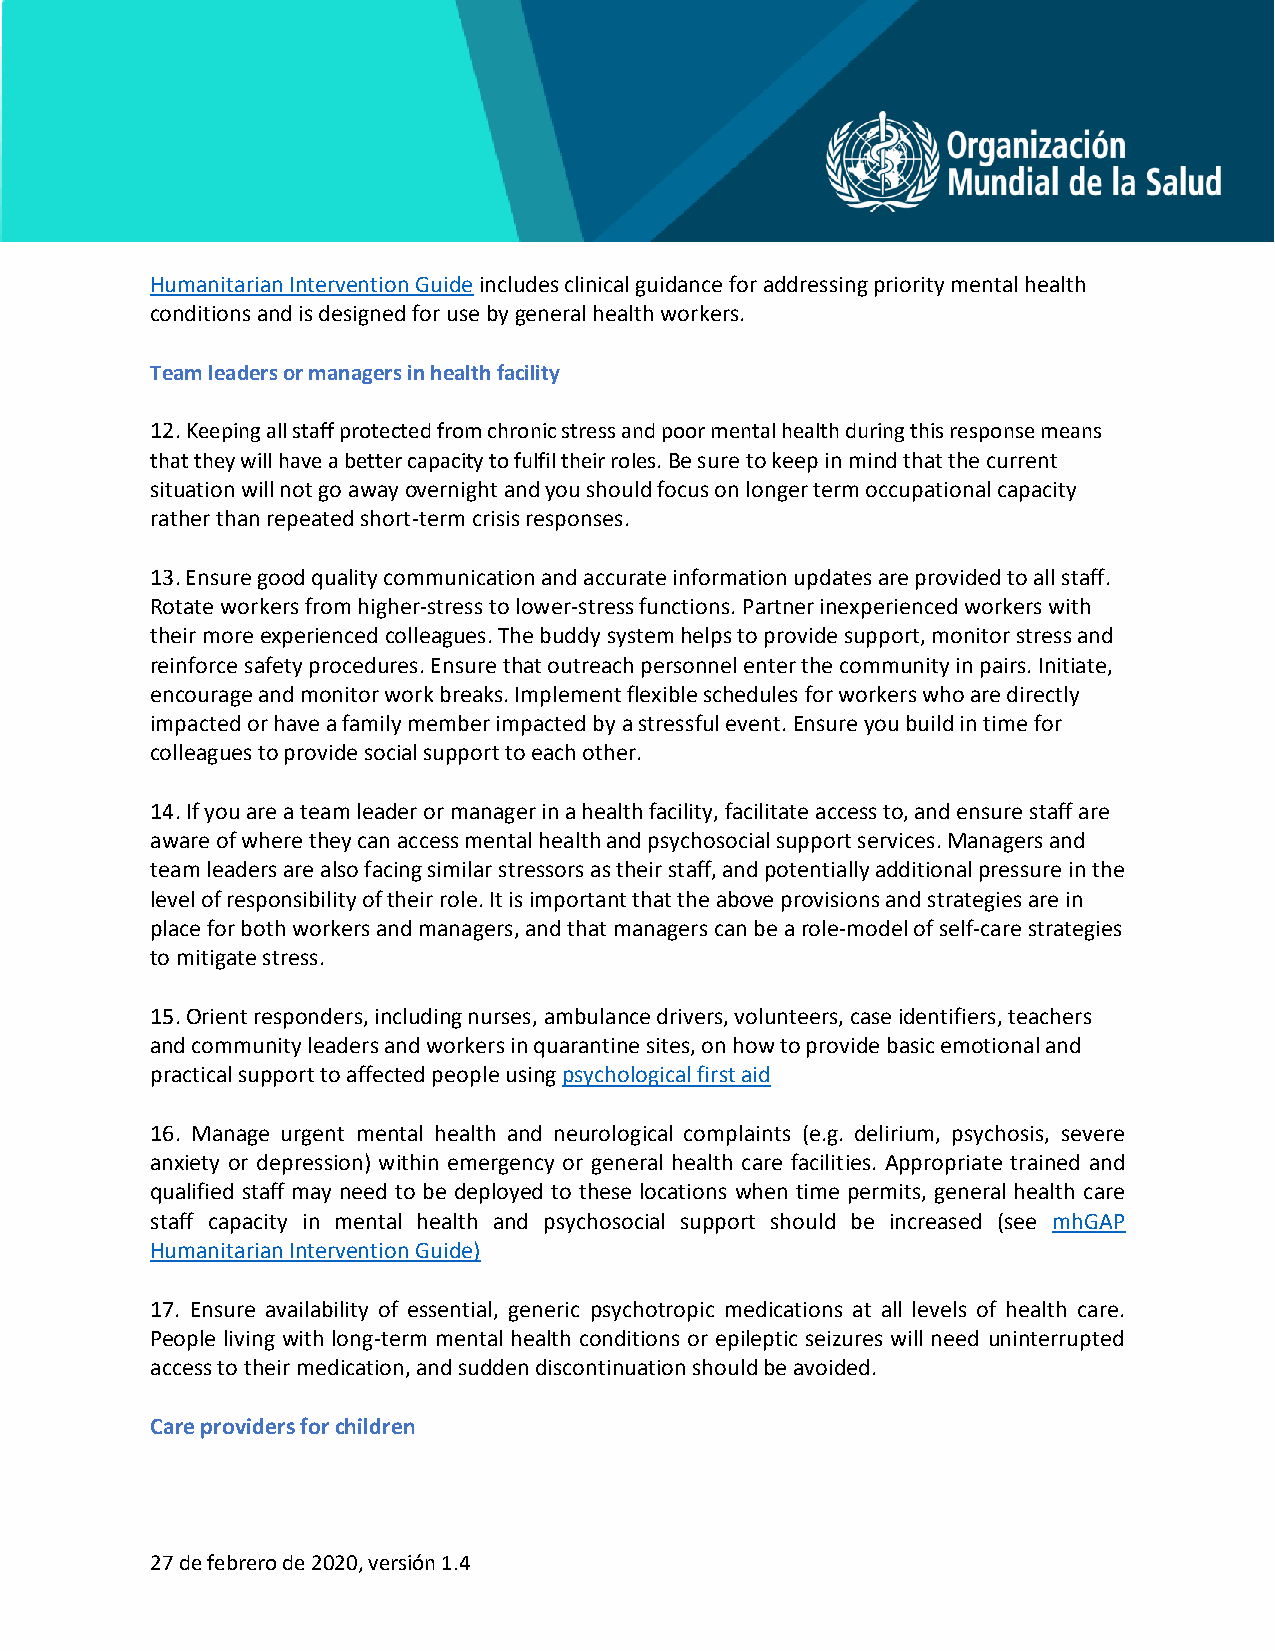
Humanitarian Intervention Guide includes clinical guidance for addressing priority mental health
 conditions and is designed for use by general health workers.
 Team leaders or managers in health facility
 12. Keeping all staff protected from chronic stress and poor mental health during this response means
 that they will have a better capacity to fulfil their roles. Be sure to keep in mind that the current
 situation will not go away overnight and you should focus on longer term occupational capacity
 rather than repeated short-term crisis responses.
 13. Ensure good quality communication and accurate information updates are provided to all staff.
 Rotate workers from higher-stress to lower-stress functions. Partner inexperienced workers with
 their more experienced colleagues. The buddy system helps to provide support, monitor stress and
 reinforce safety procedures. Ensure that outreach personnel enter the community in pairs. Initiate,
 encourage and monitor work breaks. Implement flexible schedules for workers who are directly
 impacted or have a family member impacted by a stressful event. Ensure you build in time for
 colleagues to provide social support to each other.
 14. If you are a team leader or manager in a health facility, facilitate access to, and ensure staff are
 aware of where they can access mental health and psychosocial support services. Managers and
 team leaders are also facing similar stressors as their staff, and potentially additional pressure in the
 level of responsibility of their role. It is important that the above provisions and strategies are in
 place for both workers and managers, and that managers can be a role-model of self-care strategies
 to mitigate stress.
 15. Orient responders, including nurses, ambulance drivers, volunteers, case identifiers, teachers
 and community leaders and workers in quarantine sites, on how to provide basic emotional and
 practical support to affected people using psychological first aid
 16. Manage urgent mental health and neurological complaints (e.g. delirium, psychosis, severe
 anxiety or depression) within emergency or general health care facilities. Appropriate trained and
 qualified staff may need to be deployed to these locations when time permits, general health care
 staff capacity in mental health and psychosocial support should be increased (see mhGAP
 Humanitarian Intervention Guide)
 17. Ensure availability of essential, generic psychotropic medications at all levels of health care.
 People living with long-term mental health conditions or epileptic seizures will need uninterrupted
 access to their medication, and sudden discontinuation should be avoided.
 Care providers for children
 27 de febrero de 2020, versión 1.4